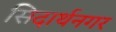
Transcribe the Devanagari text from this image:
सिदार्थनगर